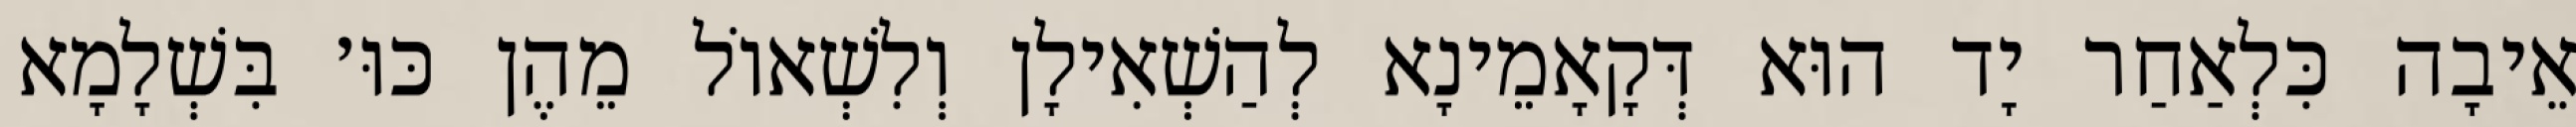
אֵיבָה כִּלְאַחַר יָד הוּא דְּקָאָמֵינָא לְהַשְׁאִילָן וְלִשְׁאוֹל מֵהֶן כּוּ׳ בִּשְׁלָמָא